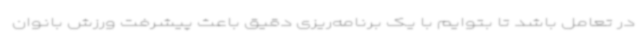
در تعامل باشد تا بتوایم با یک برنامه‌ریزی دقیق باعث پیشرفت ورزش بانوان